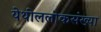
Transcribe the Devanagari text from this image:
येथीललोकसंख्या